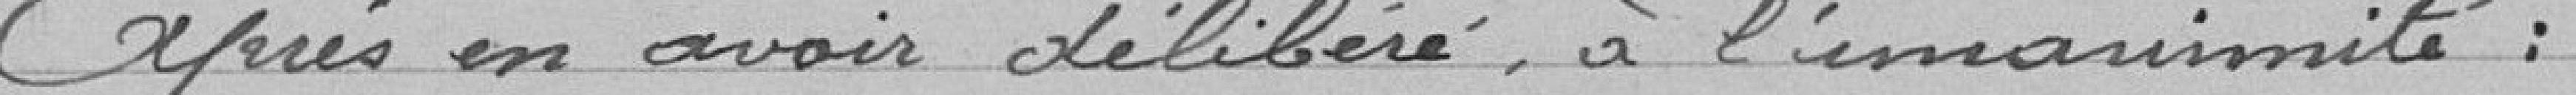
Après en avoir délibéré, à l'unanimité :